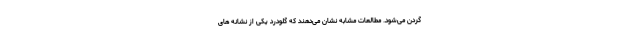
گردن می‌شود. مطالعات مشابه نشان می‌دهند که گلودرد یکی از نشانه­ های